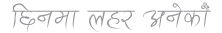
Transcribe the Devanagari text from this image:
छिनमा लहर अनेको